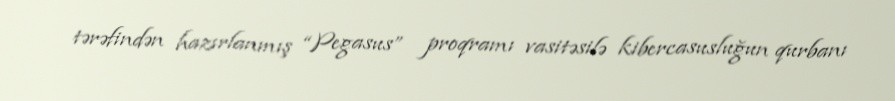
tərəfindən hazırlanmış “Pegasus” proqramı vasitəsilə kibercasusluğun qurbanı